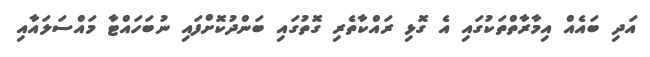
އަދި ބައެއް އިމާރާތްތަކުގައި އެ ގޮޅި ރައްކާތެރި ގޮތުގައި ބަންދުކޮށްފައި ނުބަހައްޓާ މައްސަލައާއި